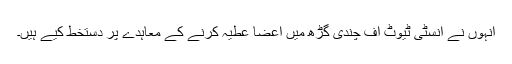
انہوں نے انسٹی ٹیوٹ آف چندی گڑھ میں اعضا عطیہ کرنے کے معاہدے پر دستخط کیے ہیں۔